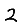
Digit: 2